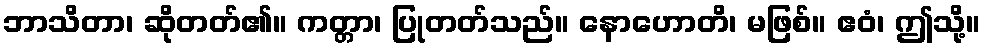
ဘာသိတာ၊ ဆိုတတ်၏။ ကတ္တာ၊ ပြုတတ်သည်။ နောဟောတိ၊ မဖြစ်။ ဧဝံ၊ ဤသို့။